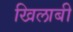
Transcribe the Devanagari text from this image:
खिलाबी